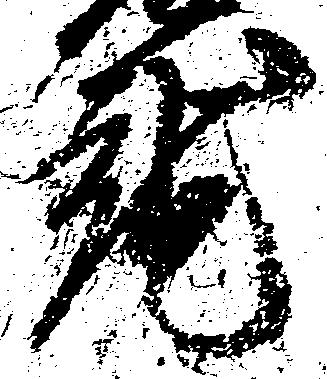
就